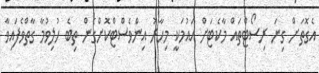
އެގޮތަށް ގިނަ ރިސޯޓްތައް މާކެޓަށް އައުމަކީ މިހާރު އިންވެސްޓްކޮށްގެން ތިބެ ހުލިވުމާ ގާތްވެފައިވާ